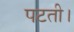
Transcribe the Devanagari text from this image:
पटती।